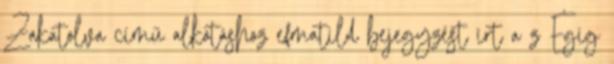
Zakatolva című alkotáshoz efmatild bejegyzést írt a z Égig